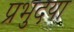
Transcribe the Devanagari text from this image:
प्रभुदया